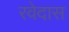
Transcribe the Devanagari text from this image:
रवेदास